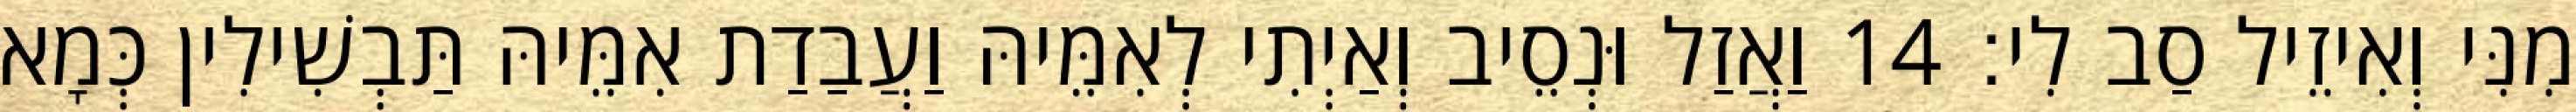
מִנִּי וְאִיזֵיל סַב לִי׃ 14 וַאֲזַל וּנְסֵיב וְאַיְתִי לְאִמֵּיהּ וַעֲבַדַת אִמֵּיהּ תַּבְשִׁילִין כְּמָא